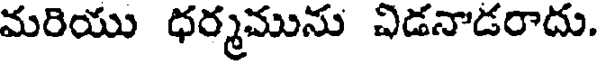
మరియు ధర్మమును చిడనాడరాదు.